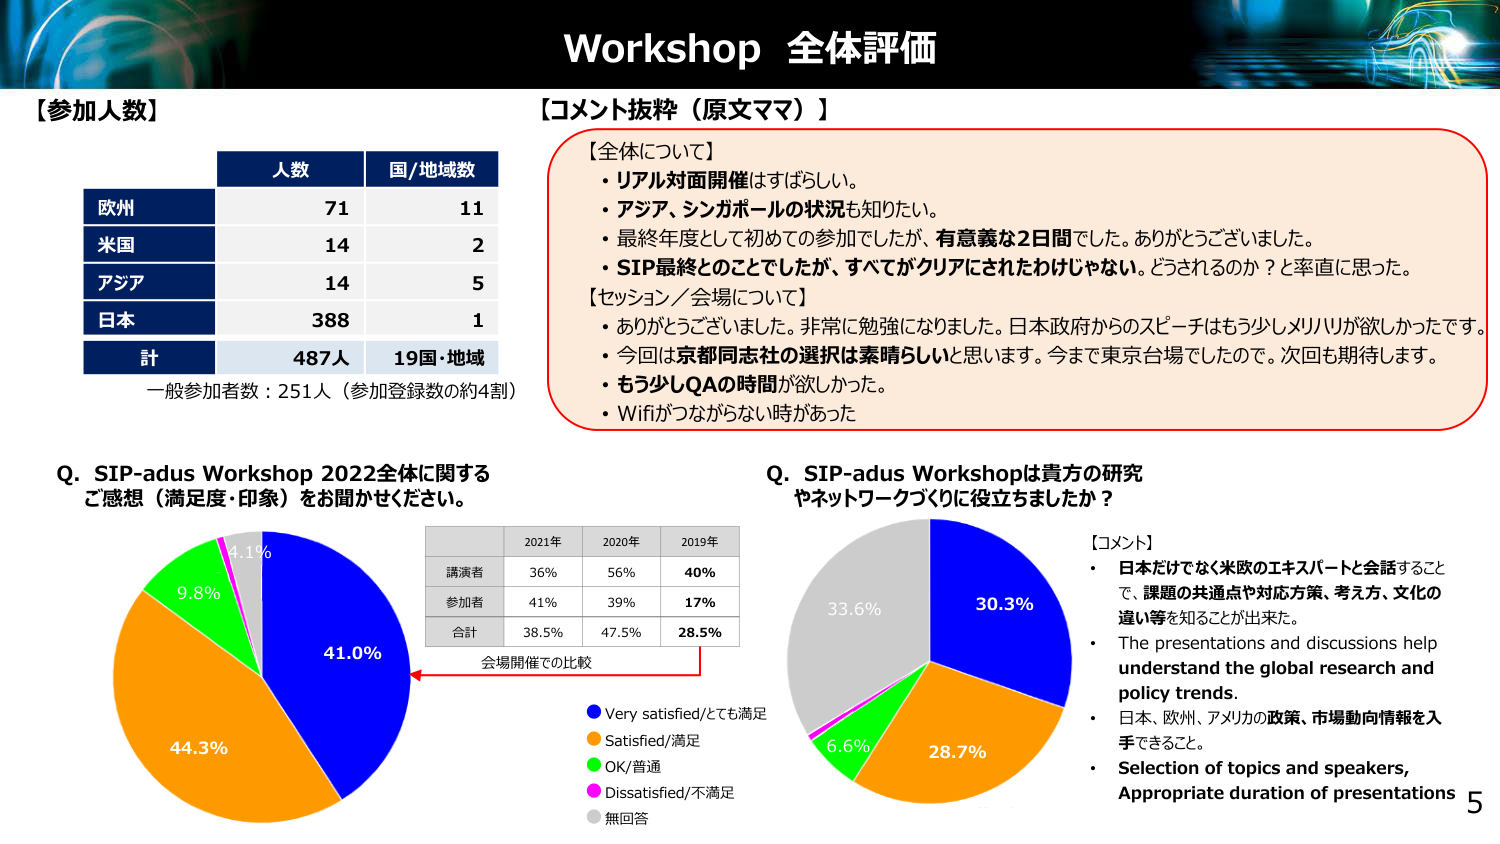
Workshop 全体評価

【参加人数】
人数 国/地域数
欧州 71 11
米国 14 2
アジア 14 5
日本 388 1
計 487人 19国・地域
一般参加者数：251人（参加登録数の約4割）

【コメント抜粋（原文ママ）】
【全体について】
・リアル対面開催はすばらしい。
・アジア、シンガポールの状況も知りたい。
・最終年度として初めての参加でしたが、有意義な2日間でした。ありがとうございました。
・SIP最終とのことでしたが、すべてがクリアにされたわけじゃない。どうされるのか？と率直に思った。
【セッション／会場について】
・ありがとうございました。非常に勉強になりました。日本政府からのスピーチはもう少しメリハリが欲しかったです。
・今回は京都同志社の選択は素晴らしいと思います。今までは東京会場でしたので。次回も期待します。
・もう少しQAの時間が欲しかった。
・Wifiがつながらない時があった

Q. SIP-adus Workshop 2022全体に関する
ご感想（満足度・印象）をお聞かせください。
41.0%
44.3%
9.8%
4.1%
-
2021年 2020年 2019年
講演者 36% 56% 40%
参加者 41% 39% 17%
合計 38.5% 47.5% 28.5%
会場開催での比較
● Very satisfied/とても満足
● Satisfied/満足
● OK/普通
● Dissatisfied/不満足
● 無回答

Q. SIP-adus Workshopは貴方の研究
やネットワークづくりに役立ちましたか？
30.3%
28.7%
6.6%
33.6%
【コメント】
・日本だけでなく米欧のエキスパートと会話することで、課題の共通点や対応方策、考え方、文化の違い等を知ることが出来た。
・The presentations and discussions help understand the global research and policy trends.
・日本、欧州、アメリカの政策、市場動向情報を入手できること。
・Selection of topics and speakers, Appropriate duration of presentations

5